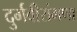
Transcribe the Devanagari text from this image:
दुर्गवीरांगणा